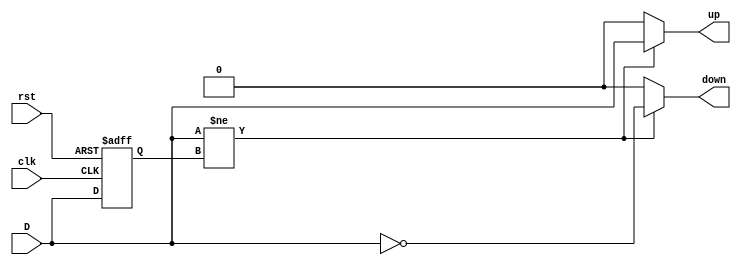
`ifndef __UTIL__BORDER_DETECTOR__
`define __UTIL__BORDER_DETECTOR__

module BorderDetector #(
	parameter TempInit = 1'b0
)(
	input clk,
	input rst,
	input D,
	output up,
	output down
);

reg temp = TempInit;

assign up = (D != temp)?D:1'b0;
assign down = (D!=temp)?~D:1'b0;

always @(posedge clk or posedge rst) begin
	if (rst) begin
		temp = TempInit;
	end
	else// if (clk)
	begin
		temp = D;
	end
end

endmodule


`endif